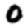
Digit: 0